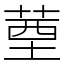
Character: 䓰